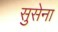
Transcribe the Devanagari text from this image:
सुसेना